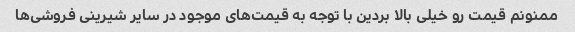
ممنونم قیمت رو خیلی بالا بردین با توجه به قیمت‌های موجود در سایر شیرینی فروشی‌ها